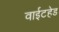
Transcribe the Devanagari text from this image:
वाईटहेड